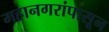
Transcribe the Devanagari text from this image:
महानगरांपासून